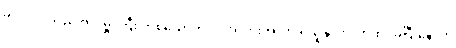
ခင်လှလှသည် ဗိုလ်မှူးကြီး တစ်ယောက်လို အလားအလာ ရှိသူနှင့် လက်ထပ်ခဲ့ပြီးနောက်